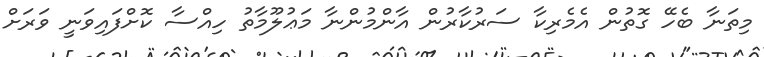
މިތަނާ ބެހޭ ގޮތުން އެމެރިކާ ސަރުކާރުން އާންމުންނާ މަޢުލޫމާތު ހިއްސާ ކޮށްފައިވަނީ ވަރަށް